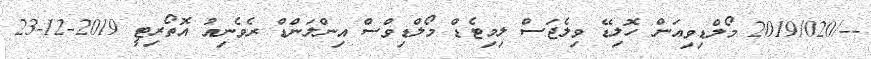
--/2019/020 މޯލްޑިވިއަން ހޮލިޑޭ ވިލެޖަސް ލިމިޓެޑް މޯލްޑިވްސް އިންލަންޑް ރެވެނިއު އޮތޯރިޓީ 2019-12-23